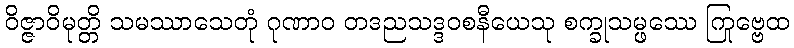
ဝိဇ္ဇာဝိမုတ္တိ သမဿာသေတုံ ဂုဏာဝ တဒညသဒ္ဒဝစနီယေသု စက္ခုသမ္ဖဿေ ကြုဗ္ဗေထ